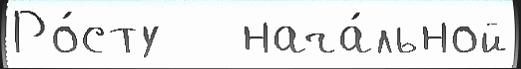
Ро́сту   нача́льной